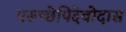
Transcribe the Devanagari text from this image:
परूच्छेपिदेवोदास